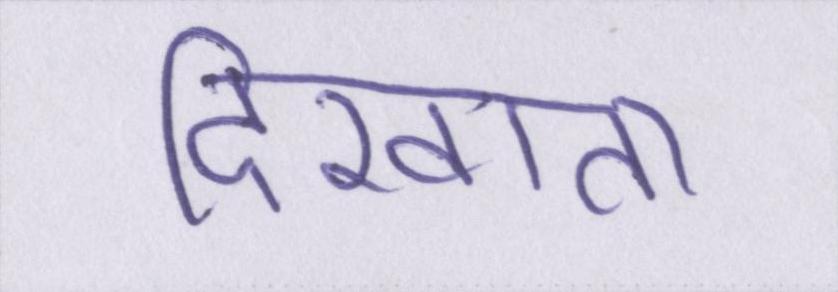
दिखाता